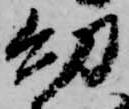
幼